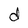
Character: d